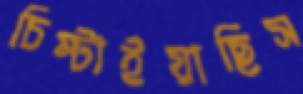
চিম্‌টাইয়াছিস